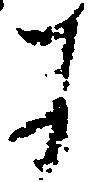
に